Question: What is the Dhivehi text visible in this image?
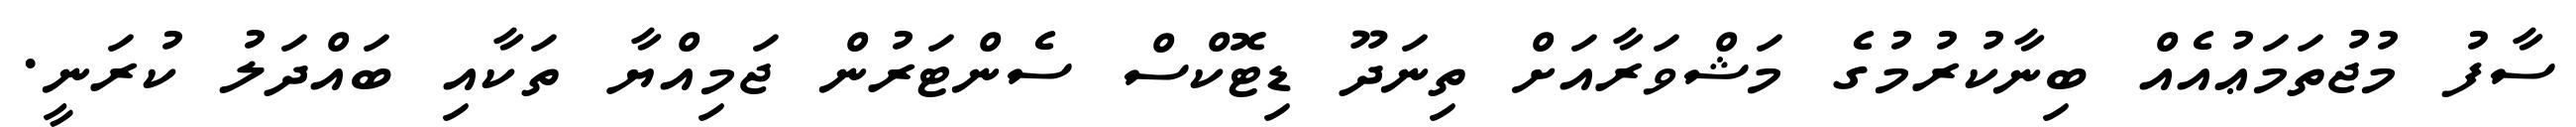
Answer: ސާފު މުޖުތަމަޢުއެއް ބިނާކުރުމުގެ މަޝްވަރާއަށް ތިނަދޫ ޑިޓޮކްސް ސެންޓަރުން ޖަމިއްޔާ ތަކާއި ބައްދަލު ކުރަނީ.